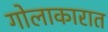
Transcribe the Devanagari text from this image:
गोलाकारात